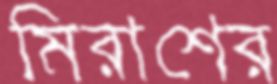
মিরাশের